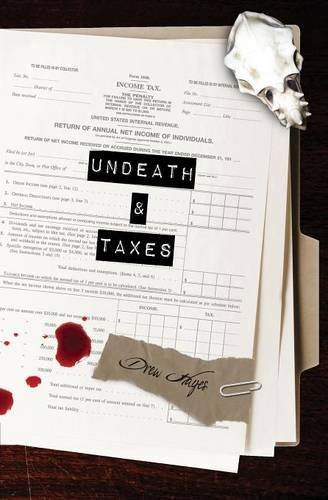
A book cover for Undeath & Taxes; Drew Hayes; Science Fiction & Fantasy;